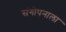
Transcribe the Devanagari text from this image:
संगोपनाला